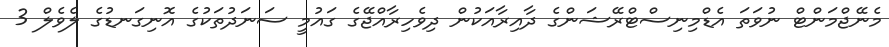
މެނޭޖްމަންޓް ނުވަތަ އެޑްމިނިސްޓްރޭޝަންގެ ދާއިރާއަކުން ދިވެހިރާއްޖޭގެ ގައުމީ ސަނަދުތަކުގެ އޮނިގަނޑުގެ ލެވެލް 3